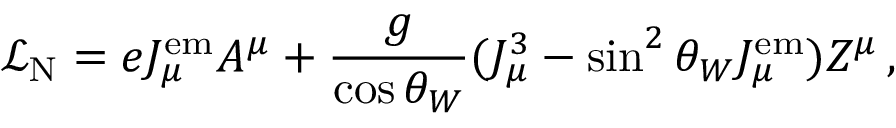
{ \mathcal { L } } _ { \mathrm { N } } = e J _ { \mu } ^ { \mathrm { e m } } A ^ { \mu } + { \frac { g } { \cos \theta _ { W } } } ( J _ { \mu } ^ { 3 } - \sin ^ { 2 } \theta _ { W } J _ { \mu } ^ { \mathrm { e m } } ) Z ^ { \mu } \, ,